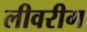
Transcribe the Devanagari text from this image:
लीवरीग